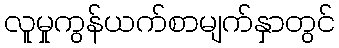
လူမှုကွန်ယက်စာမျက်နှာတွင်